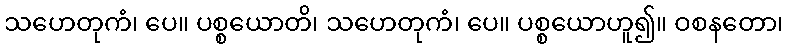
သဟေတုကံ၊ ပေ။ ပစ္စယောတိ၊ သဟေတုကံ၊ ပေ။ ပစ္စယောဟူ၍။ ဝစနတော၊